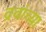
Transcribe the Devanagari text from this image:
द्रवांच्या